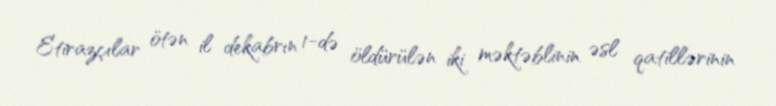
Etirazçılar ötən il dekabrın 1-də öldürülən iki məktəblinin əsl qatillərinin